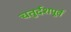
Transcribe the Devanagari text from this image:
चतुर्दशपूर्व